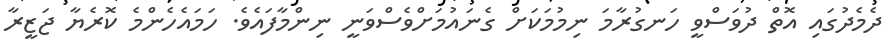
ދެމެދުގައި އޮތް ދުވަސްވީ ހަނގުރާމަ ނިމުމަކަށް ގެނައުމަށްވެސްވަނީ ނިންމާފައެވެ. ހަމައެހެންމެ ކޮރެޔާ ޖަޒީރާ